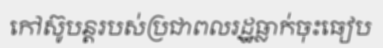
កៅស៊ូបន្តរបស់ប្រជាពលរដ្ឋធ្លាក់ចុះធៀប